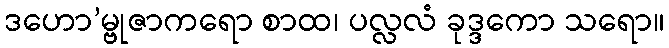
ဒဟော’မ္ဗုဇာကရော စာထ၊ ပလ္လလံ ခုဒ္ဒကော သရော။